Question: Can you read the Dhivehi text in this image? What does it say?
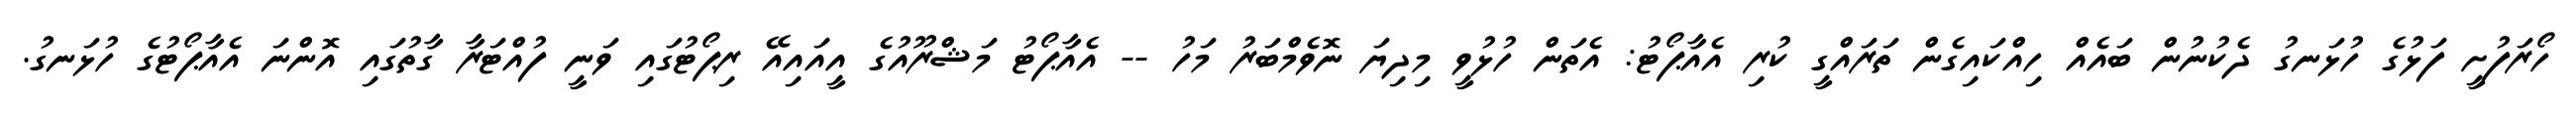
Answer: ހޯރަފުށީ ފަޅުގެ ހުޅަނގު ދެކުނުން ބައެއް ހިއްކައިގެން ތަރައްގީ ކުރި އެއާޕޯޓު: އެތަން ހުޅުވީ މިދިޔަ ނޮވެމްބަރު މަހު -- އެއާޕޯޓު މަޝްރޫއުގެ އީއައިއޭ ރިޕޯޓުގައި ވަނީ ފުއްޓަރާ ގާތުގައި އޮންނަ އެއާޕޯޓުގެ ހުޅަނގު.